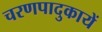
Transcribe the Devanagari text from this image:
चरणपादुकायें